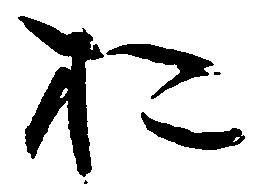
於